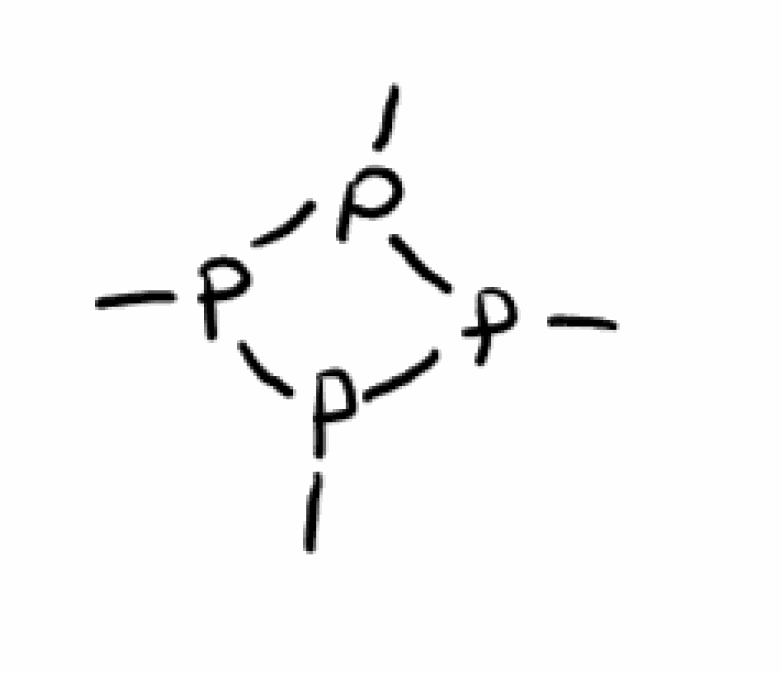
Simplified molecular-input line-entry system (SMILES) notation of the given molecule:
CP1P(P(P1C)C)C